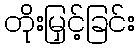
တိုးမြှင့်ခြင်း